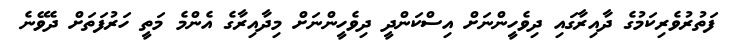
ފަތުރުވެރިކަމުގެ ދާއިރާގައި ދިވެހީންނަށް އިސްކަންދީ ދިވެހީންނަށް މިދާއިރާގެ އެންމެ މަތީ ހަރުފަތަށް ދެވޭނެ